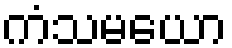
ကံသမယော